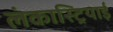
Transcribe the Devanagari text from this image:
लंकास्ट्रियाई